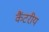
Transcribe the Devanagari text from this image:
कैंटरीय